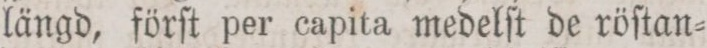
längd, förſt per capita medelſt de röſtan=